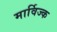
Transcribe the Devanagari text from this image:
मार्विज्क